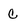
Character: c